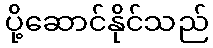
ပို့ဆောင်နိုင်သည်